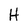
Character: H